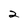
Character: 2